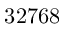
3 2 7 6 8